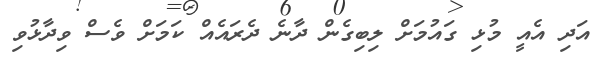
އަދި އެއީ މުޅި ގައުމަށް ލިބިގެން ދާނެ ދެރައެއް ކަމަށް ވެސް ވިދާޅުވި